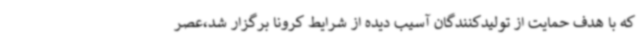
که با هدف حمایت از تولیدکنندگان آسیب دیده از شرایط کرونا برگزار شد،عصر